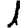
Digit: 1